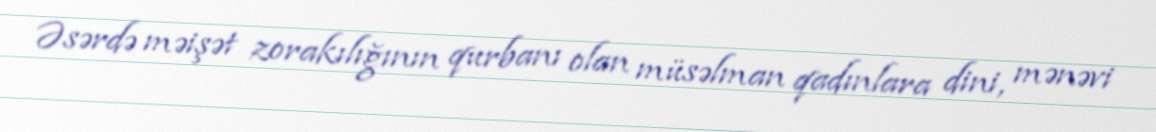
Əsərdə məişət zorakılığının qurbanı olan müsəlman qadınlara dini, mənəvi